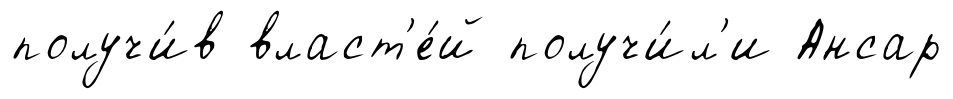
получи́в власт'е́й получи́л'и Ансар